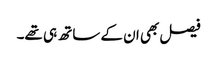
فیصل بھی ان کے ساتھ ہی تھے۔